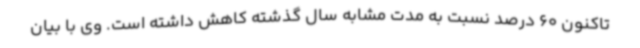
تاکنون 60 درصد نسبت به مدت مشابه سال گذشته کاهش داشته است. وی با بیان